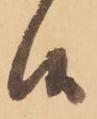
候